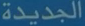
الجديدة